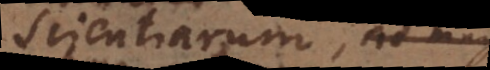
scientiarum, seu